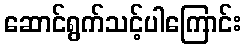
ဆောင်ရွက်သင့်ပါကြောင်း